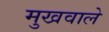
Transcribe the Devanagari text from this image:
मुखवाले